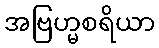
အဗြဟ္မစရိယာ